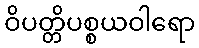
ဝိပတ္တိပစ္စယဝါရော